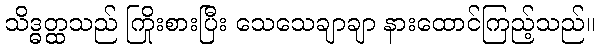
သိဒ္ဓတ္ထသည် ကြိုးစားပြီး သေသေချာချာ နားထောင်ကြည့်သည်။